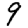
Digit: 9